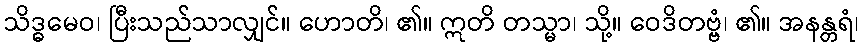
သိဒ္ဓမေဝ၊ ပြီးသည်သာလျှင်။ ဟောတိ၊ ၏။ ဣတိ တသ္မာ၊ သို့။ ဝေဒိတဗ္ဗံ၊ ၏။ အနန္တရံ၊